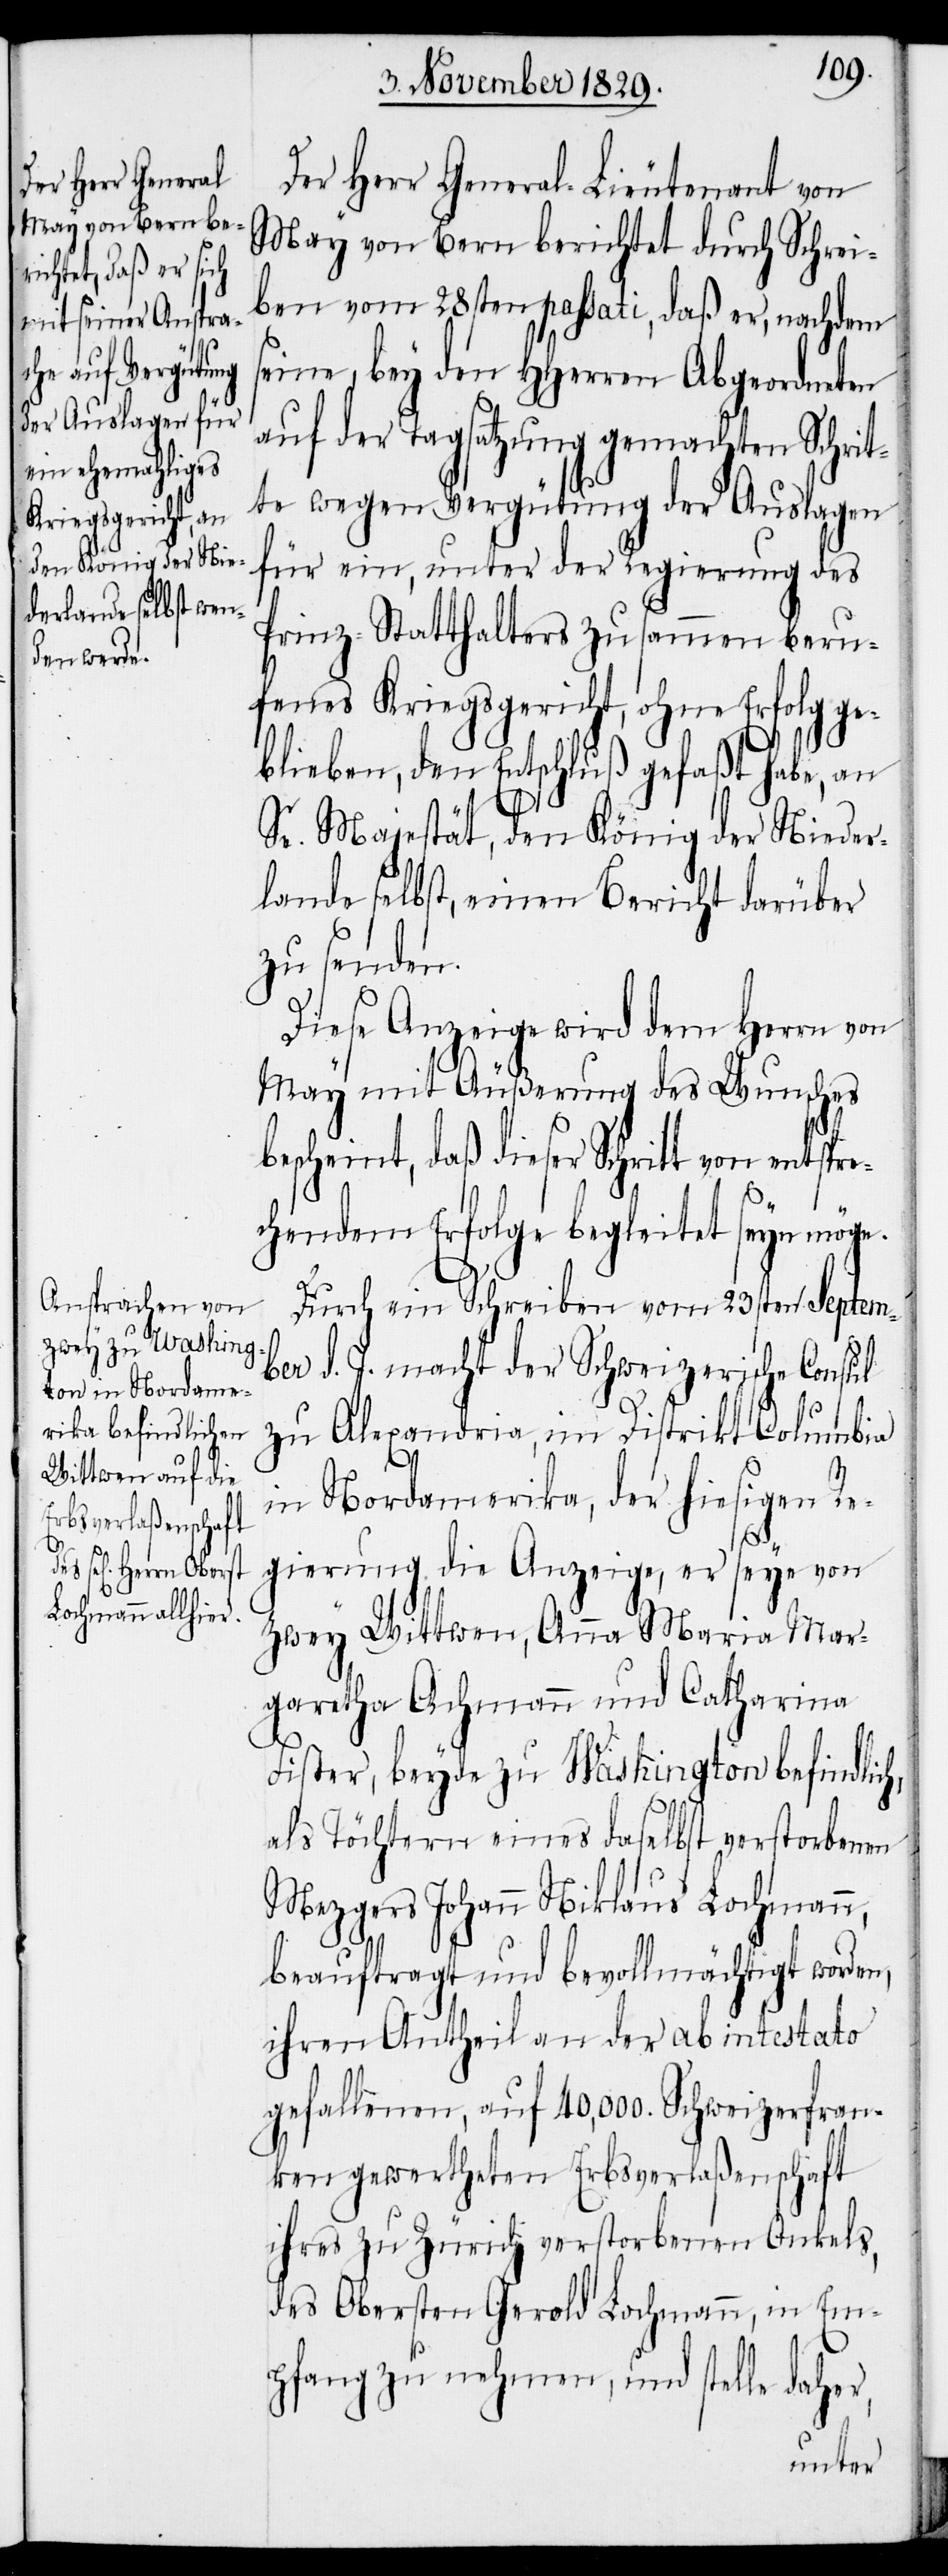
Der Herr General-Lieutenant von
May von Bern berichtet durch Schrei¬
ben vom 28sten passati, daß er, nachdem
seine, bey den HHerren Abgeordneten
auf der Tagsatzung gemachten Schrit¬
te wegen Vergütung der Auslagen
für ein, unter der Regierung des
Prinz-Statthalters zusammen beru¬
fenes Kriegsgericht, ohne Erfolg ge¬
blieben, den Entschluß gefaßt habe, an
tspr¬
Se. Majestät, den König der Nieder¬
lande selbst, einen Bericht darüber
zu senden.
Diese Anzeige wird dem Herrn von
May mit Äußerung des Wunsches
bescheint, daß dieser Schritt von en¬
echendem Erfolge begleitet seyn möge.
Durch ein Schreiben vom 23sten Septem¬
ber d. J. macht der Schweizerische Consul
zu Alexandria, im Distrikt Columbia
in Nordamerika, der hiesigen Re¬
gierung die Anzeige, er seye von
zwey Wittwen, Anna Maria Mar¬
garetha Achmann und Catharina
Fister, beyde zu Washington befindlich,
als Töchtern eines daselbst verstorbenen
Mezgers Johann Niklaus Lochmann,
beauftragt und bevollmächtigt worden,
ihren Antheil an der ab intestato
gefallenen, auf 40,000. Schweizerfran¬
ken gewertheten Erbsverlaßenschaft
ihres zu Zürich verstorbenen Onkels,
des Obersten Gerold Lochmann, in Em¬
pfang zu nehmen, und stelle daher,